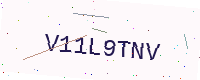
Text: V11L9TNV